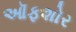
ઑફશોર